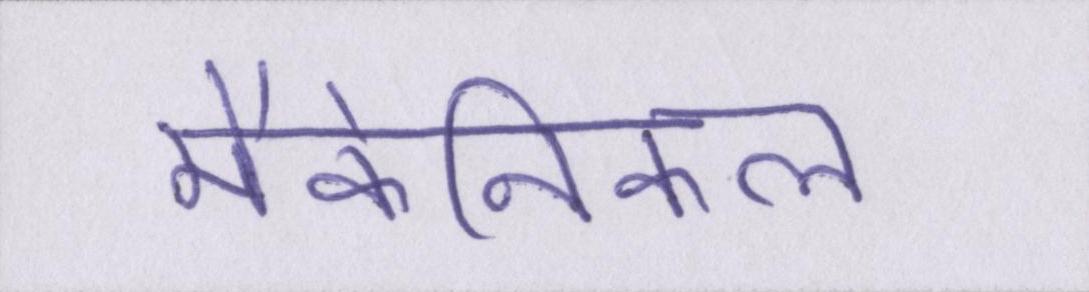
मैकेनिकल